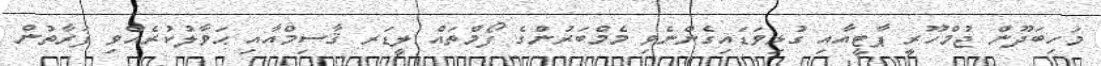
މަހިބަދޫން ޖުމްހޫރީ ޕާޓީއާއި ގުޅިވަޑައިގެންނެވި މެމްބަރުންގެ ފޯމްތައް ލީޑަރ ޤާސިމްއާއި ޙަވާލުކުރެއްވި ފަރާތުން